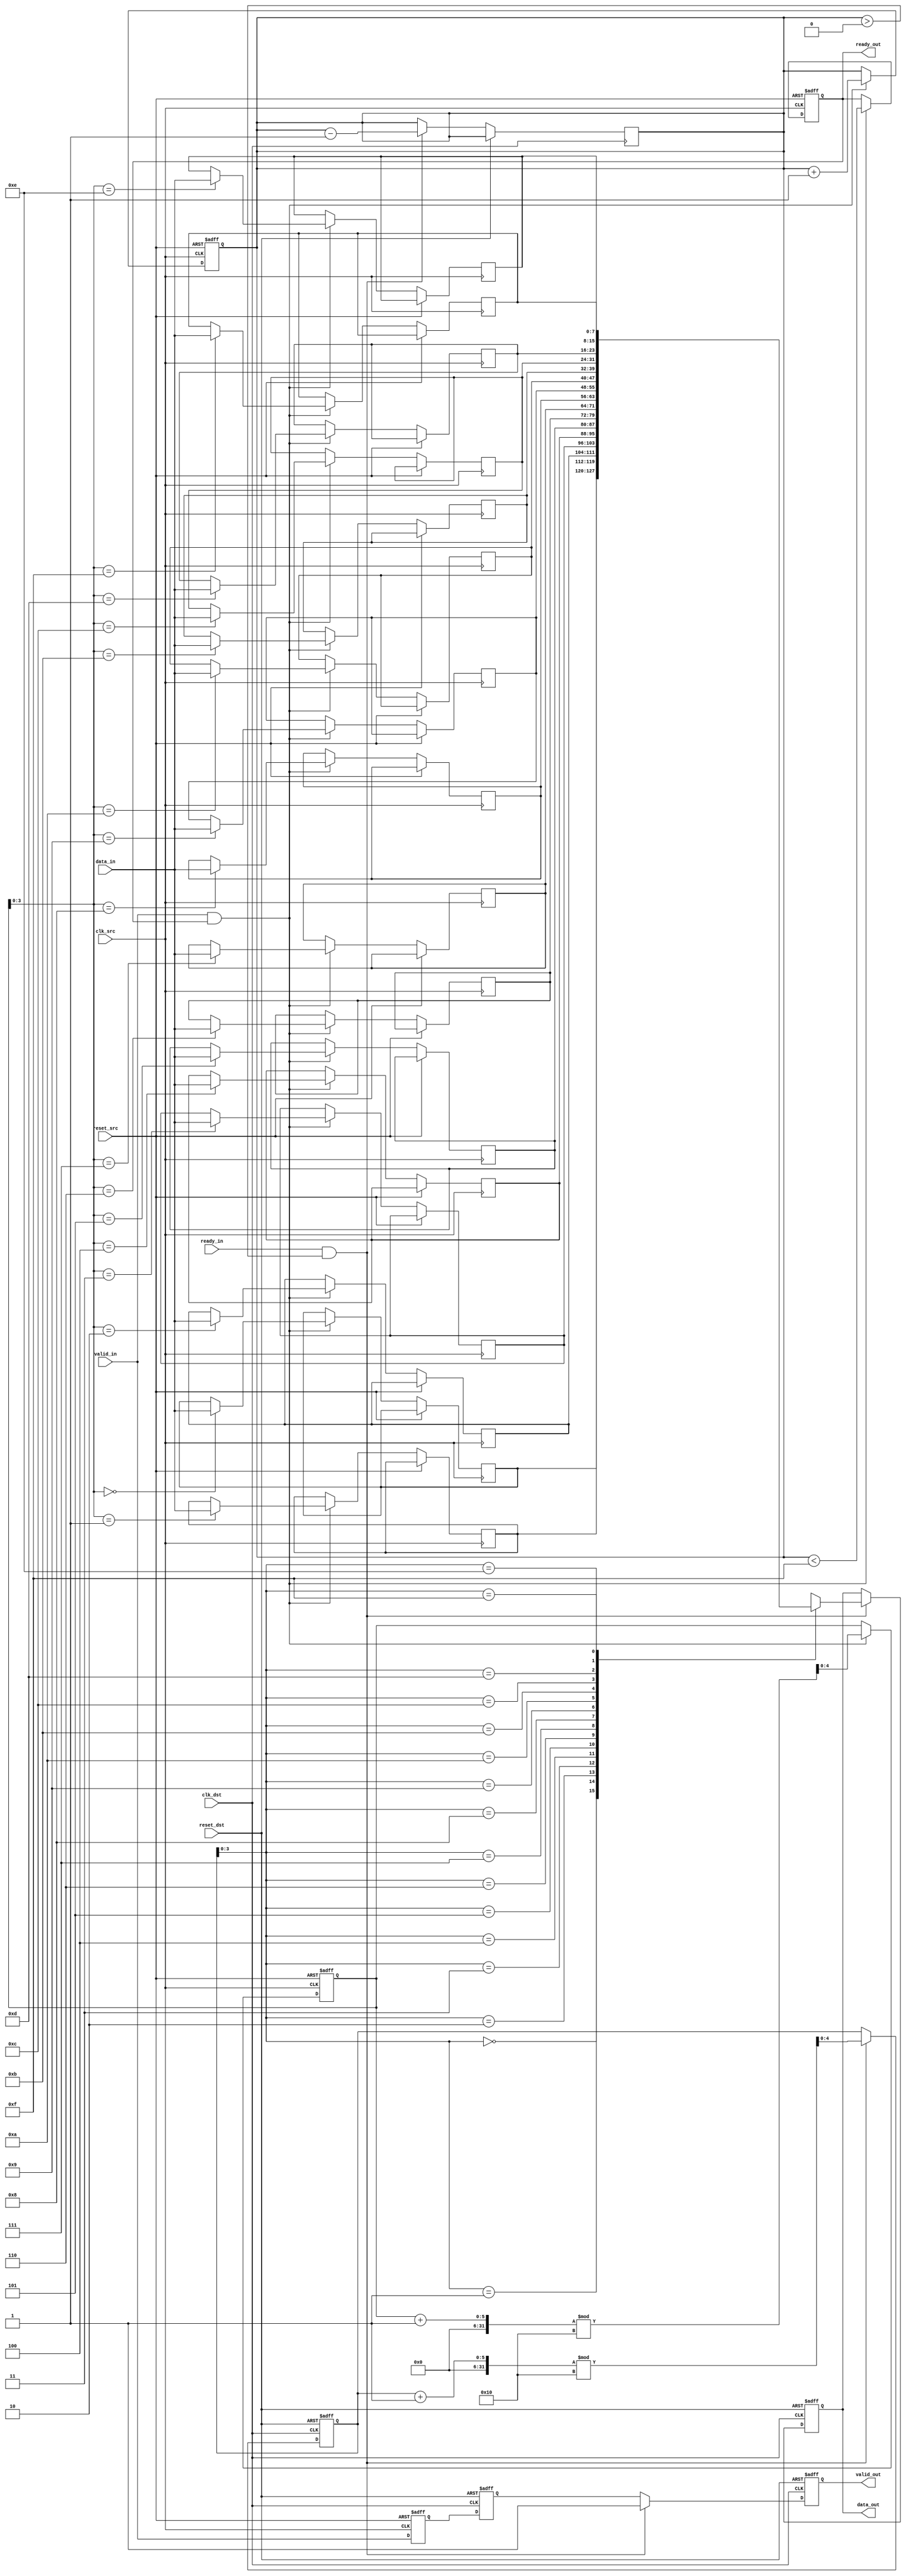
module MemoryBlocksPipelineSynchronizer #(
    parameter DATA_WIDTH = 8,
    parameter FIFO_DEPTH = 16
)(
    input wire clk_src,            // Source clock
    input wire clk_dst,            // Destination clock
    input wire reset_src,          // Reset for source clock domain
    input wire reset_dst,          // Reset for destination clock domain
    input wire [DATA_WIDTH-1:0] data_in, // Data input from source domain
    input wire valid_in,           // Valid signal from source domain
    output reg [DATA_WIDTH-1:0] data_out, // Data output to destination domain
    output reg valid_out,          // Valid signal to destination domain
    input wire ready_in,           // Ready signal from destination domain
    output reg ready_out           // Ready signal to source domain
);

    // Internal signals for FIFO
    reg [DATA_WIDTH-1:0] fifo_mem [0:FIFO_DEPTH-1];
    reg [4:0] write_pointer;
    reg [4:0] read_pointer;
    reg [4:0] fifo_count;

    // Dual flip-flop synchronization
    reg [DATA_WIDTH-1:0] sync_ff1;
    reg [DATA_WIDTH-1:0] sync_ff2;
    reg valid_ff1;
    reg valid_ff2;

    // Reset logic
    always @(posedge clk_src or posedge reset_src) begin
        if (reset_src) begin
            sync_ff1 <= 0;
            valid_ff1 <= 0;
        end else begin
            sync_ff1 <= data_in;
            valid_ff1 <= valid_in;
        end
    end

    always @(posedge clk_dst or posedge reset_dst) begin
        if (reset_dst) begin
            sync_ff2 <= 0;
            valid_ff2 <= 0;
        end else begin
            sync_ff2 <= sync_ff1;
            valid_ff2 <= valid_ff1;
        end
    end

    // FIFO write logic
    always @(posedge clk_src or posedge reset_src) begin
        if (reset_src) begin
            write_pointer <= 0;
            fifo_count <= 0;
            ready_out <= 1; // Ready to accept data
        end else if (valid_in && ready_out) begin
            fifo_mem[write_pointer] <= data_in;
            write_pointer <= (write_pointer + 1) % FIFO_DEPTH;
            fifo_count <= fifo_count + 1;
            ready_out <= (fifo_count < FIFO_DEPTH - 1); // Update ready signal
        end
    end

    // FIFO read logic
    always @(posedge clk_dst or posedge reset_dst) begin
        if (reset_dst) begin
            read_pointer <= 0;
            valid_out <= 0;
            data_out <= 0;
        end else if (ready_in && (fifo_count > 0)) begin
            data_out <= fifo_mem[read_pointer];
            valid_out <= 1;
            read_pointer <= (read_pointer + 1) % FIFO_DEPTH;
            fifo_count <= fifo_count - 1;
        end else begin
            valid_out <= valid_ff2; // Maintain valid signal if not ready
        end
    end

endmodule